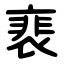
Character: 裵